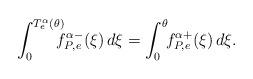
LaTeX: \begin{align*}\int_{0}^{T_e^\alpha(\theta)}\!\!\!\! f^{\alpha-}_{P,e}(\xi)\,d\xi=\int_{0}^{\theta}\!\! f^{\alpha+}_{P,e}(\xi)\,d\xi.\end{align*}